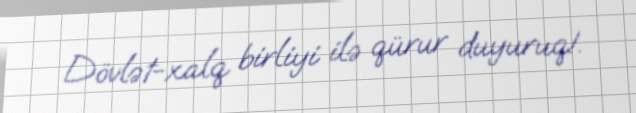
Dövlət-xalq birliyi ilə qürur duyuruq!.